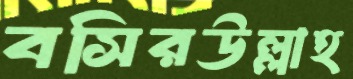
বসিরউল্লাহ